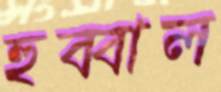
হুব্বাল